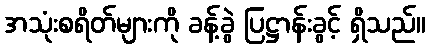
အသုံးစရိတ်များကို ခန့်ခွဲ ပြဋ္ဌာန်းခွင့် ရှိသည်။